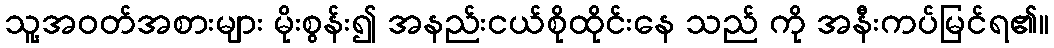
သူ့အဝတ်အစားများ မိုးစွန်း၍ အနည်းငယ်စိုထိုင်းနေ သည် ကို အနီးကပ်မြင်ရ၏။